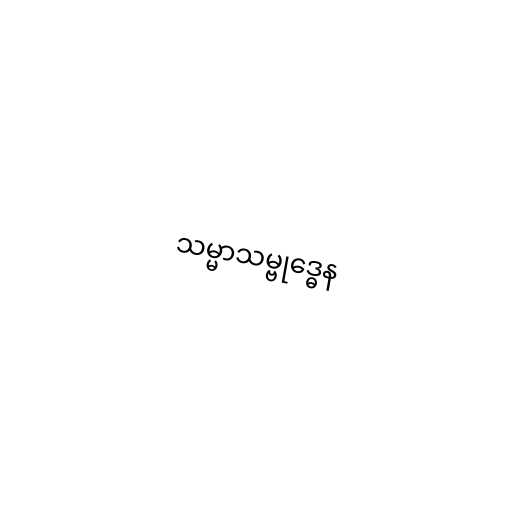
သမ္မာသမ္ဗုဒ္ဓေန